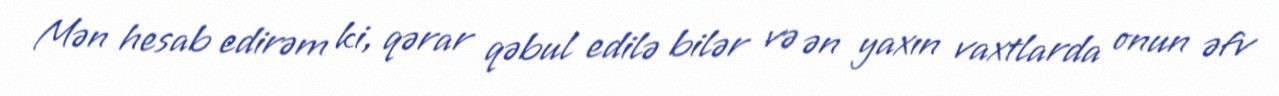
Mən hesab edirəm ki, qərar qəbul edilə bilər və ən yaxın vaxtlarda onun əfv